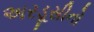
અરડૂસીનો